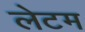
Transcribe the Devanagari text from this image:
लेटम